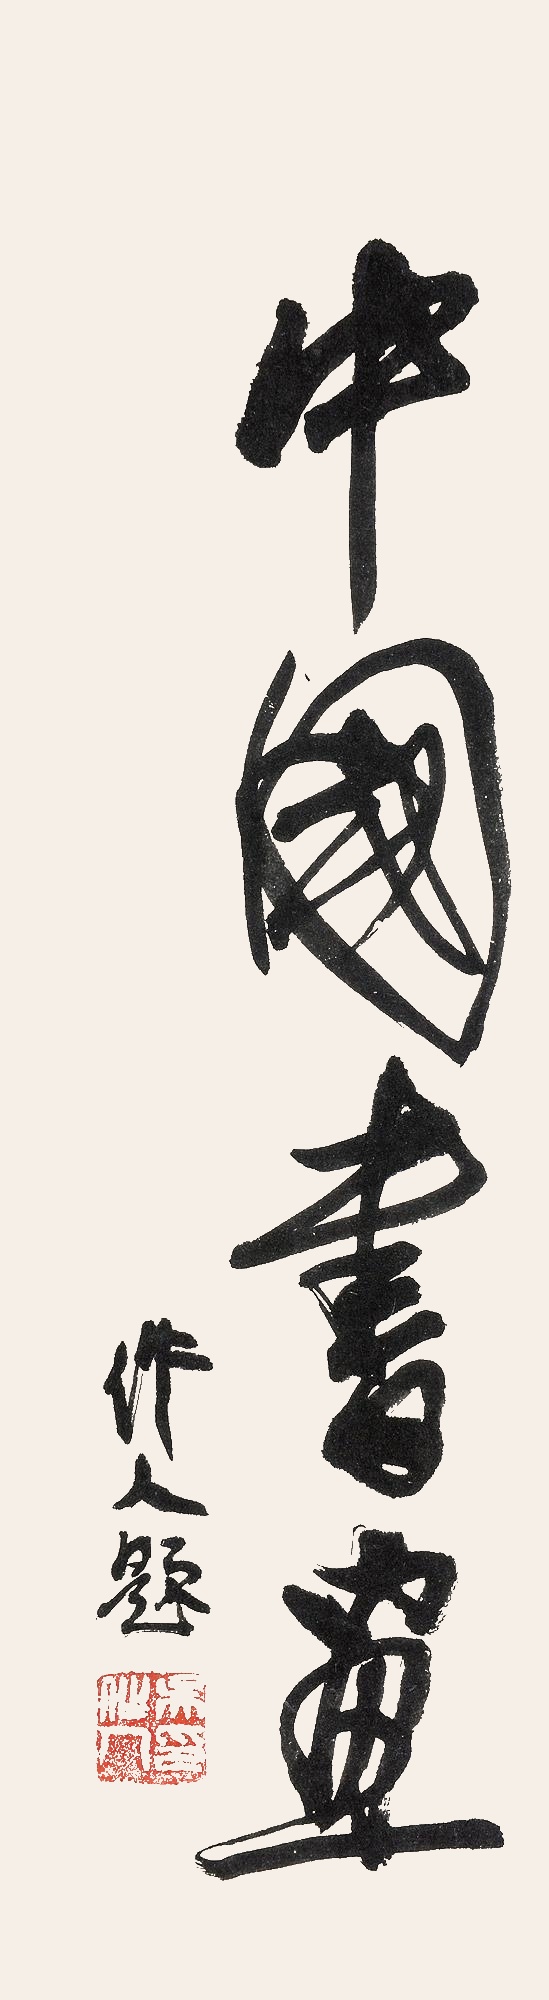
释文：中国书画作人题。